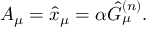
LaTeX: A _ { \mu } = \hat { x } _ { \mu } = \alpha \hat { G } _ { \mu } ^ { ( n ) } .